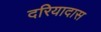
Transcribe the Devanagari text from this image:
दरियादास